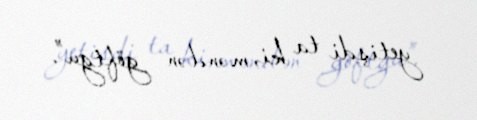
yetişdi ta ki, məndən göftgu”.